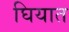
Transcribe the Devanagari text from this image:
घियात